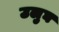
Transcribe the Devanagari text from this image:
उलुघ